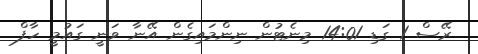
ރޭސް 1 ގަޑި 14:01 މިނެޓުން ނިންމައިގެން އޭނާ ވަނީ ގައުމީ ހާފް